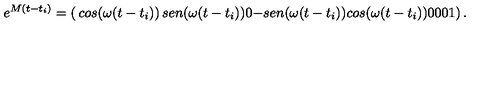
e ^ { M ( t - t _ { i } ) } = \left( \begin{matrix} { c o s ( \omega { } ( t - t _ { i } ) ) } & { s e n ( \omega { } ( t - t _ { i } ) ) } & { 0 } \\ { - s e n ( \omega { } ( t - t _ { i } ) ) } & { c o s ( \omega { } ( t - t _ { i } ) ) } & { 0 } \\ { 0 } & { 0 } & { 1 } \\ \end{matrix} \right) .